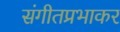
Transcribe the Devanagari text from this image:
संगीतप्रभाकर